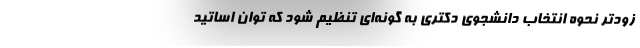
زودتر نحوه انتخاب دانشجوی دکتری به گونه‌ای تنظیم شود که توان اساتید